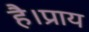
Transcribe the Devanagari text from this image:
है।प्राय